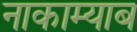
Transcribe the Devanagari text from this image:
नाकाम्याब